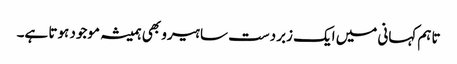
تاہم کہانی میں ایک زبردست سا ہیرو بھی ہمیشہ موجود ہوتا ہے۔